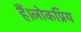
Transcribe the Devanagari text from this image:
हैं।लोकप्रिय